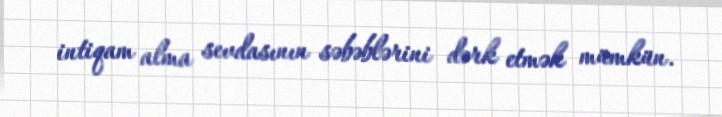
intiqam alma sevdasının səbəblərini dərk etmək mümkün.